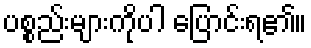
ပစ္စည်းများကိုပါ ပြောင်းရ၏။